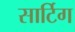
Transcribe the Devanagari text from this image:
सार्टिग